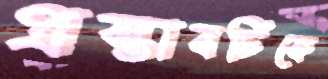
প্রস্তাবটিকে